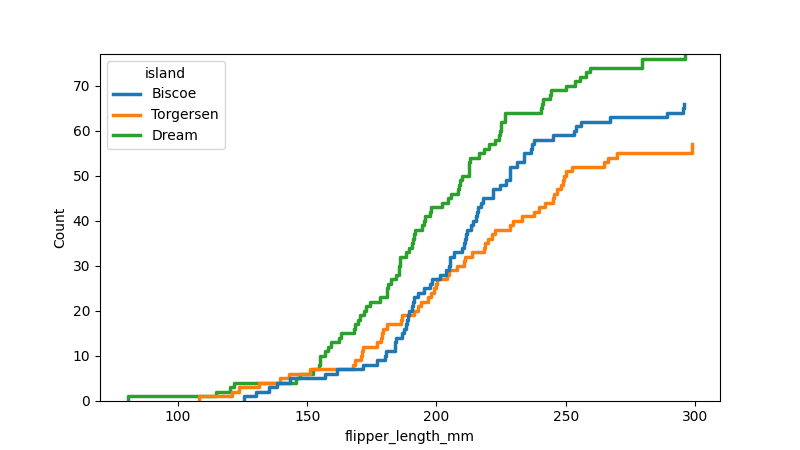
python, seaborn, ecdfplot, column='flipper_length_mm', hue='island', stat='count', linewidth=2.5